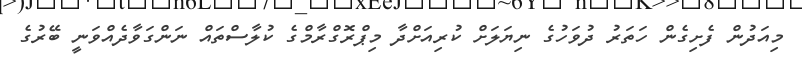
މިއަދުން ފެށިގެން ހަތަރު ދުވަހުގެ ނިޔަލަށް ކުރިއަށްދާ މިޕްރޮގްރާމްގެ ކުލާސްތައް ނަންގަވާދެއްވަނީ ބޭރުގެ